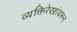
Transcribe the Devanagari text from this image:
व्यक्तिरेखांवरून